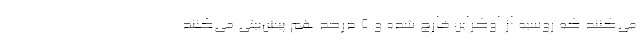
می‌کنند که روسیه از اوکراین خارج شده و ۵ درصد هم پیش‌بینی می‌کنند